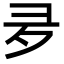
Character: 夛